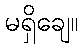
မရှိချေ။